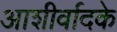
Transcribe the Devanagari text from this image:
आशीर्वादके